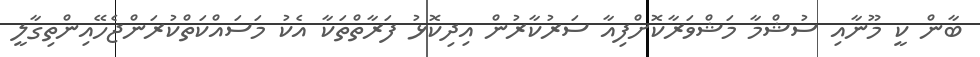
ބާން ކީ މޫނާއި ސުޝްމާ މަޝްވަރާކޮށްފިއާ ސަރުކާރުން އިދިކޮޅު ފަރާތްތަކާ އެކު މަސައްކަތްކުރަންޖެހޭއިންތިގާލީ